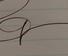
Signature authenticity: genuine